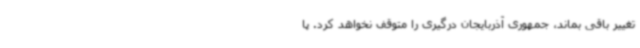
تغییر باقی بماند، جمهوری آذربایجان درگیری را متوقف نخواهد کرد. پا